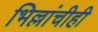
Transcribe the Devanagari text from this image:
भिल्लांचीही